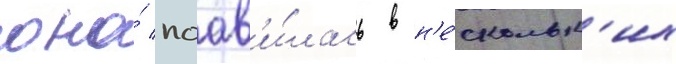
она́ поав'и́лась в н'е́скольк'их